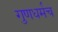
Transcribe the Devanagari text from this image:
गुणधर्मच